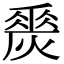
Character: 𤏀